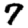
Digit: 7